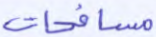
مسافحات